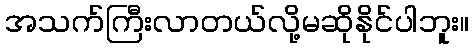
အသက်ကြီးလာတယ်လို့မဆိုနိုင်ပါဘူး။